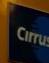
cirru